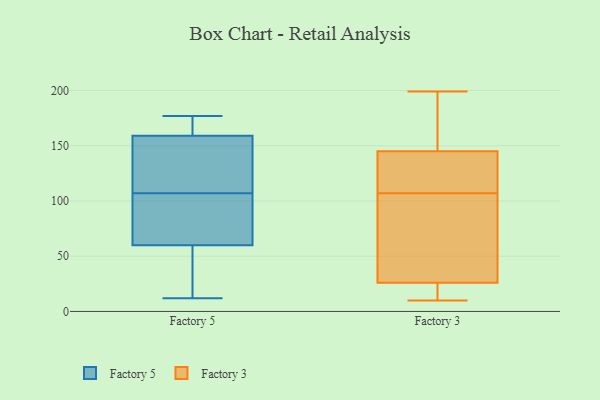
{"axis": {"x": "Budget (USD K)", "y": "Value"}, "legend": ["Factory 3", "Factory 5"], "data": [{"x": "", "y": 160, "type": "Factory 5"}, {"x": "", "y": 138, "type": "Factory 5"}, {"x": "", "y": 151, "type": "Factory 5"}, {"x": "", "y": 89, "type": "Factory 5"}, {"x": "", "y": 176, "type": "Factory 5"}, {"x": "", "y": 61, "type": "Factory 5"}, {"x": "", "y": 59, "type": "Factory 5"}, {"x": "", "y": 163, "type": "Factory 5"}, {"x": "", "y": 133, "type": "Factory 5"}, {"x": "", "y": 158, "type": "Factory 5"}, {"x": "", "y": 12, "type": "Factory 5"}, {"x": "", "y": 33, "type": "Factory 5"}, {"x": "", "y": 125, "type": "Factory 5"}, {"x": "", "y": 83, "type": "Factory 5"}, {"x": "", "y": 71, "type": "Factory 5"}, {"x": "", "y": 177, "type": "Factory 5"}, {"x": "", "y": 52, "type": "Factory 5"}, {"x": "", "y": 48, "type": "Factory 5"}, {"x": "", "y": 66, "type": "Factory 5"}, {"x": "", "y": 161, "type": "Factory 5"}, {"x": "", "y": 128, "type": "Factory 3"}, {"x": "", "y": 83, "type": "Factory 3"}, {"x": "", "y": 101, "type": "Factory 3"}, {"x": "", "y": 113, "type": "Factory 3"}, {"x": "", "y": 161, "type": "Factory 3"}, {"x": "", "y": 14, "type": "Factory 3"}, {"x": "", "y": 10, "type": "Factory 3"}, {"x": "", "y": 199, "type": "Factory 3"}, {"x": "", "y": 22, "type": "Factory 3"}, {"x": "", "y": 26, "type": "Factory 3"}, {"x": "", "y": 145, "type": "Factory 3"}, {"x": "", "y": 81, "type": "Factory 3"}, {"x": "", "y": 143, "type": "Factory 3"}, {"x": "", "y": 167, "type": "Factory 3"}]}